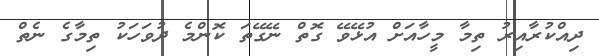
ދިއްކުރާއިރު ތިމާ މީހާއަށް އުޅޭވޭ ގޮތް ނޭގޭތަ ކޮންމެ ދުވަހަކު ތިމާގެ ނެތް